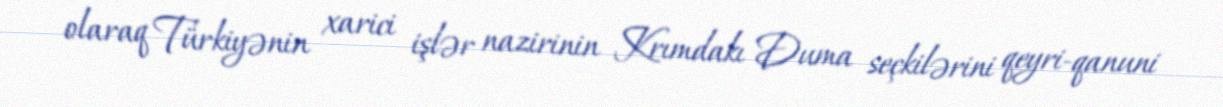
olaraq Türkiyənin xarici işlər nazirinin Krımdakı Duma seçkilərini qeyri-qanuni